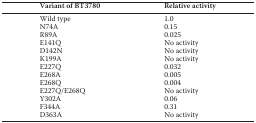
| Variant of BT3780 | Relative activity |
 | --- | --- |
 | Wild type | 1.0 |
 | N74A | 0.15 |
 | R89A | 0.025 |
 | E141Q | No activity |
 | D142N | No activity |
 | K199A | No activity |
 | E227Q | 0.032 |
 | E268A | 0.005 |
 | E268Q | 0.004 |
 | E227Q/E268Q | No activity |
 | Y302A | 0.06 |
 | F344A | 0.31 |
 | D363A | No activity |